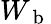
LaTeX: W_{\mathrm{~b~}}